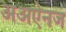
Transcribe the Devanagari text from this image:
अअऐनज